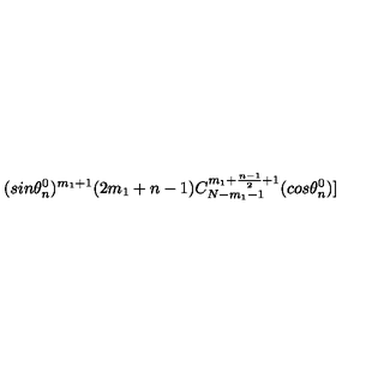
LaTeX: ( s i n { \theta _ { n } ^ { 0 } } ) ^ { m _ { 1 } + 1 } ( 2 m _ { 1 } + n - 1 ) C _ { N - m _ { 1 } - 1 } ^ { m _ { 1 } + \frac { n - 1 } { 2 } + 1 } ( c o s { \theta _ { n } ^ { 0 } } ) ]